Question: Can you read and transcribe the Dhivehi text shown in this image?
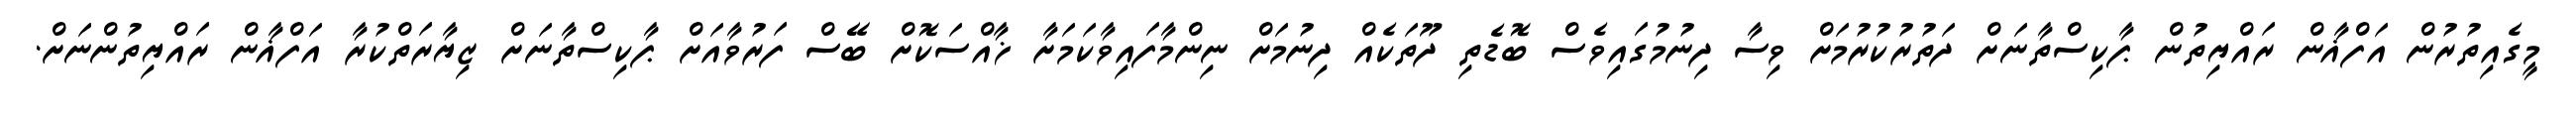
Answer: މީގެއިތުރުން އަފްޣާން ރައްޔިތުން ޕާކިސްތާނަށް ދަތުރުކުރުމަށް ވިސާ ދިނުމުގައިވެސް ބޮޑެތި ދޫތަކެއް ދިނުމަށް ނިންމާފައިވާކަމަށާ ޚާއްސަކޮށް ބޭސް ފަރުވާއަށް ޕާކިސްތާނަށް ޒިޔާރަތްކުރާ އަފްޣާން ރައްޔިތުންނަށް.